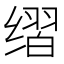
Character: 𰬶